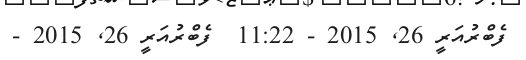
ފެބްރުއަރީ 26